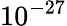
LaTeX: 10^{-27}